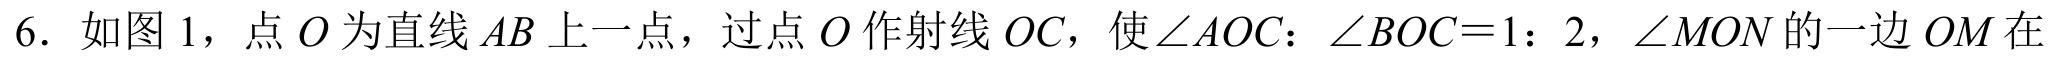
6. 如图 1，点 \(O\) 为直线 \(AB\) 上一点，过点 \(O\) 作射线 \(OC\)，使\(\angle AOC:\angle BOC = 1:2\)，\(\angle MON\) 的一边 \(OM\) 在